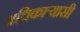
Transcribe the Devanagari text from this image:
अधिकार्‍यासी